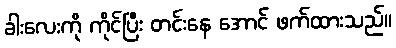
ခါးလေးကို ကိုင်ပြီး တင်းနေ အောင် ဖက်ထားသည်။